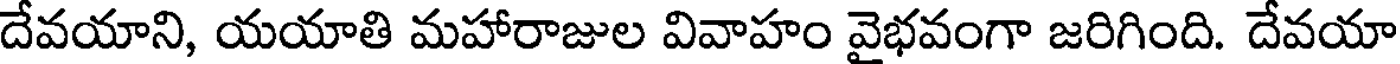
దేవయాని, యయాతి మహారాజుల వివాహం వైభవంగా జరిగింది. దేవయా